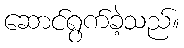
ဆောင်ရွက်ခဲ့သည်။